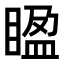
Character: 𥈱